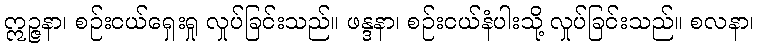
ဣဉ္ဇနာ၊ စဉ်းငယ်ရှေးရှု လှုပ်ခြင်းသည်။ ဖန္ဒနာ၊ စဉ်းငယ်နံပါးသို့ လှုပ်ခြင်းသည်။ စလနာ၊